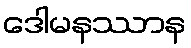
ဒေါမနဿာန